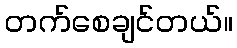
တက်စေချင်တယ်။